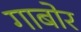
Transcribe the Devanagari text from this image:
गाबोर